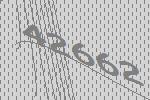
42662